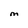
Character: M